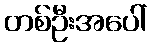
တစ်ဦးအပေါ်